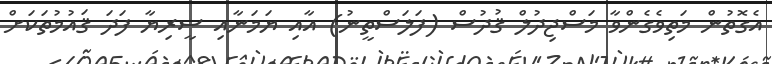
އެގޮތުން މަތިވެގެންވާ މަސްޖިދުލް ޤުދުސް (ފަލަސްތީނު) އާއި ޔަމަނާއި ސީރިޔާ ފަދަ ޤައުމުތަކަށް